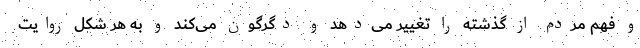
و فهم مردم از گذشته را تغییر می‌دهد و دگرگون می‌کند و به هر شکل روایت